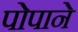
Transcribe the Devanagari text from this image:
पोपाने